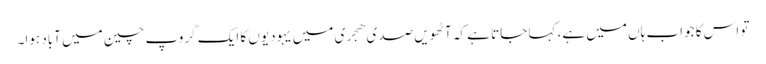
تو اس کا جواب ہاں میں ہے، کہا جاتا ہے کہ آٹھویں صدی ھجری میں یہودیوں کا ایک گروپ چین میں آباد ہوا۔